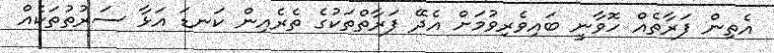
އެތިން ފަރާތެއް ހޮވާނީ ބައިވެރިވުމަށް އެދޭ ފަރާތްތަކުގެ ތެރެއިން ކަނޑަ އަޅާ ސަރުތުތަކެއް